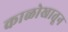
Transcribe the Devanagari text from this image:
काळोखातून